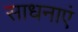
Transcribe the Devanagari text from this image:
साधनाएं